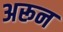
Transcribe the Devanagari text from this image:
अरून